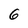
Character: 6